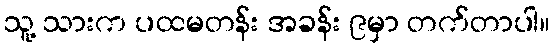
သူ့ သားက ပထမတန်း အခန်း ၉မှာ တက်တာပါ။